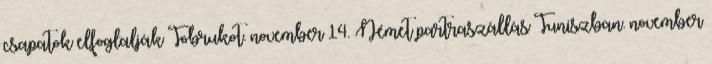
csapatok elfoglalják Tobrukot. november 14. Német partraszállás Tuniszban. november